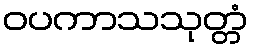
ဝပကာသသုတ္တံ